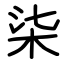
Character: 柒